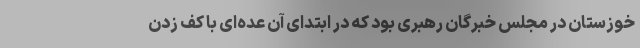
خوزستان در مجلس خبرگان رهبری بود که در ابتدای آن عده‌ای با کف زدن